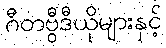
ဂီတဗွီဒီယိုများနှင့်